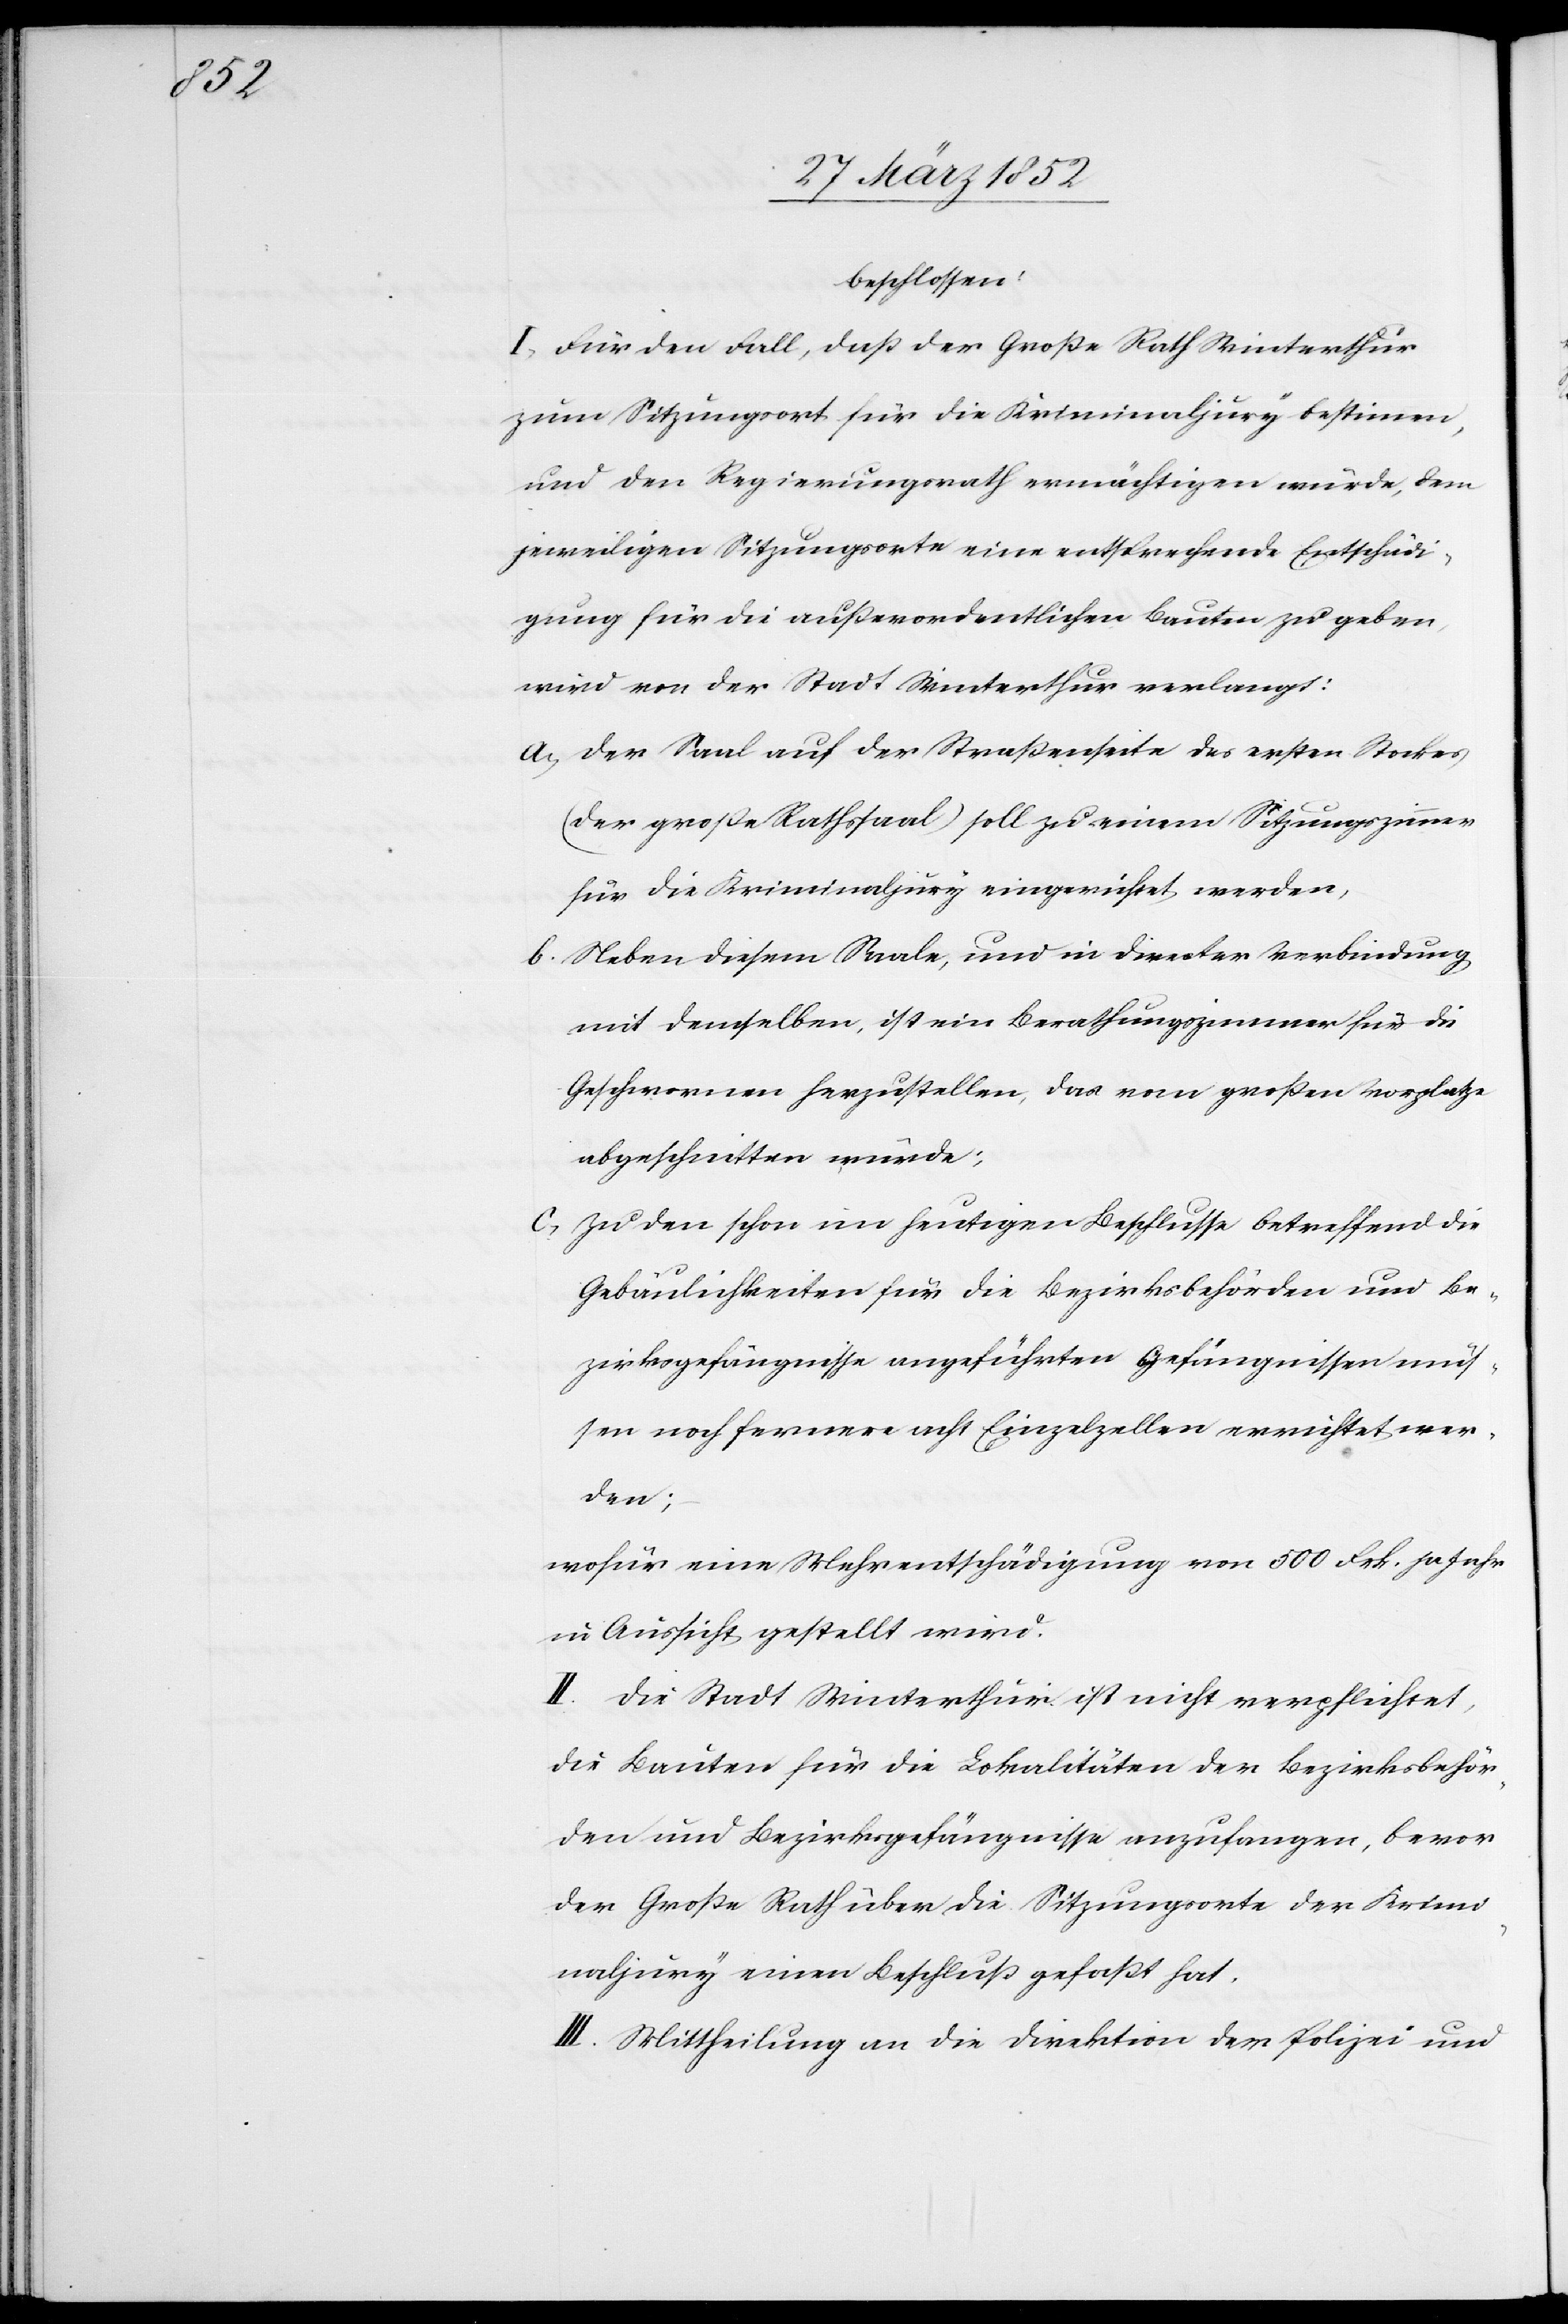
beschlossen:
I. Für den Fall, daß der Große Rath Winterthur
zum Sitzungsort für die Kriminaljury bestimmen,
und den Regierungsrath ermächtigen würde, dem
jeweiligen Sitzungsorte eine entsprechende Entschädi¬
gung für die außerordentlichen Bauten zu geben,
wird von der Stadt Winterthur verlangt:
a) Der Saal auf der Straßenseite des ersten Stockes
(der große Rathssaal) soll zu einem Sitzungszimmer
für die Kriminaljury eingerichtet werden,
b) Neben diesem Saale, und in directer Verbindung
mit demselben, ist ein Berathungszimmer für die
Geschwornen herzustellen, das vom großen Vorplatze
abgeschnitten wurde;
c) Zu den schon im heutigen Beschlusse betreffend die
Gebäulichkeiten für die Bezirksbehörden und Be¬
zirksgefängnisse angeführten Gefängnisse müs¬
sen noch fernere acht Einzelzellen errichtet wer¬
den;
wofür eine Mehrentschädigung von 500 Frk. pr Jahr
in Aussicht gestellt wird.
II. Die Stadt Winterthur ist nicht verpflichtet,
die Bauten für die Lokalitäten der Bezirksbehör¬
den und Bezirksgefängnisse anzufangen, bevor
der Große Rath über die Sitzungsorte der Krimi¬
naljury einen Beschluß gefaßt hat.
III. Mittheilung an die Direktion der Polizei und